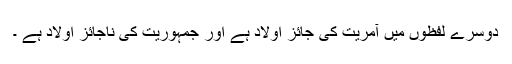
دوسرے لفظوں میں آمریت کی جائز اولاد ہے اور جمہوریت کی ناجائز اولاد ہے ۔